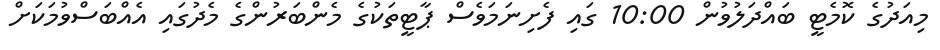
މިއަދުގެ ކޮމެޓީ ބައްދަލުވުން 10:00 ގައި ފެށިނަމަވެސް ޕާޓީތަކުގެ މެންބަރުންގެ މެދުގައި އެއްބަސްވުމަކަށް